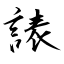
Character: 諘